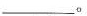
_________。